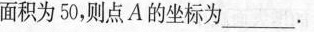
面积为50，则点A的坐标为___.